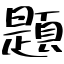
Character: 題